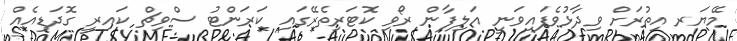
މޭޔަރ އިތުރަށް ވިދާޅުވެފައިވަނީ އަލިފާން ރޯވި ކޮޓަރިތެރޭގައި ކަރަންޓު ސްވިޗް ކައިރީ ގޮދަޑިއެއް